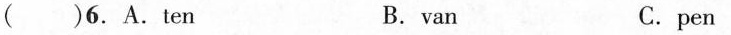
( )6.A.ten B. van C.pen